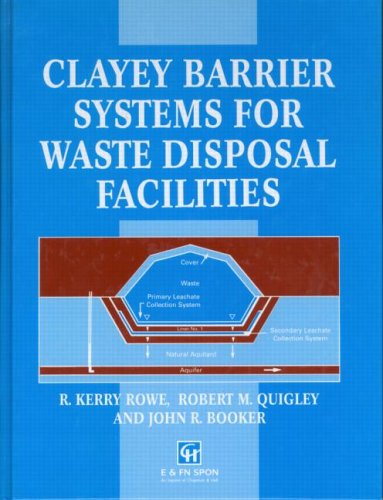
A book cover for CLAYEY BARRIERS FOR WASTE DISP CL; Rowe; Science & Math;